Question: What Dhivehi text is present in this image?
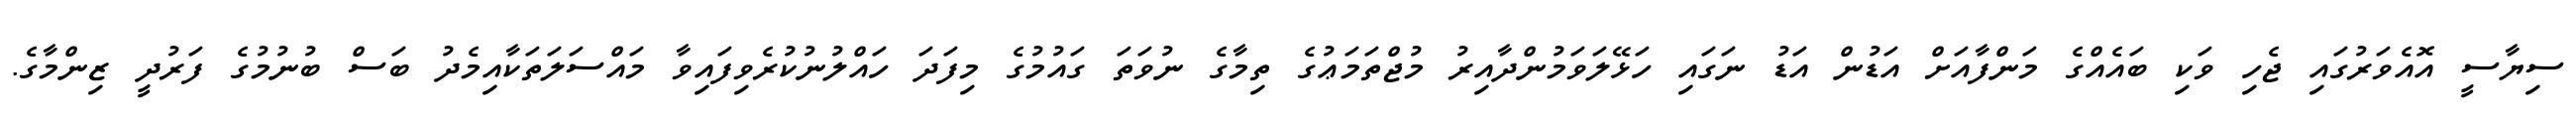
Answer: ސިޔާސީ އޮއެވަރުގައި ޖެހި ވަކި ބައެއްގެ މަންފާއަށް އަޑުން އަޑު ނަގައި ހަޅޭލަވަމުންދާއިރު މުޖްތަމަޢުގެ ތިމާގެ ނުވަތަ ގައުމުގެ މިފަދަ ހައްލުނުކުރެވިފައިވާ މައްސަލަތަކާއިމެދު ބަސް ބުނުމުގެ ފަރުދީ ޒިންމާގެ.